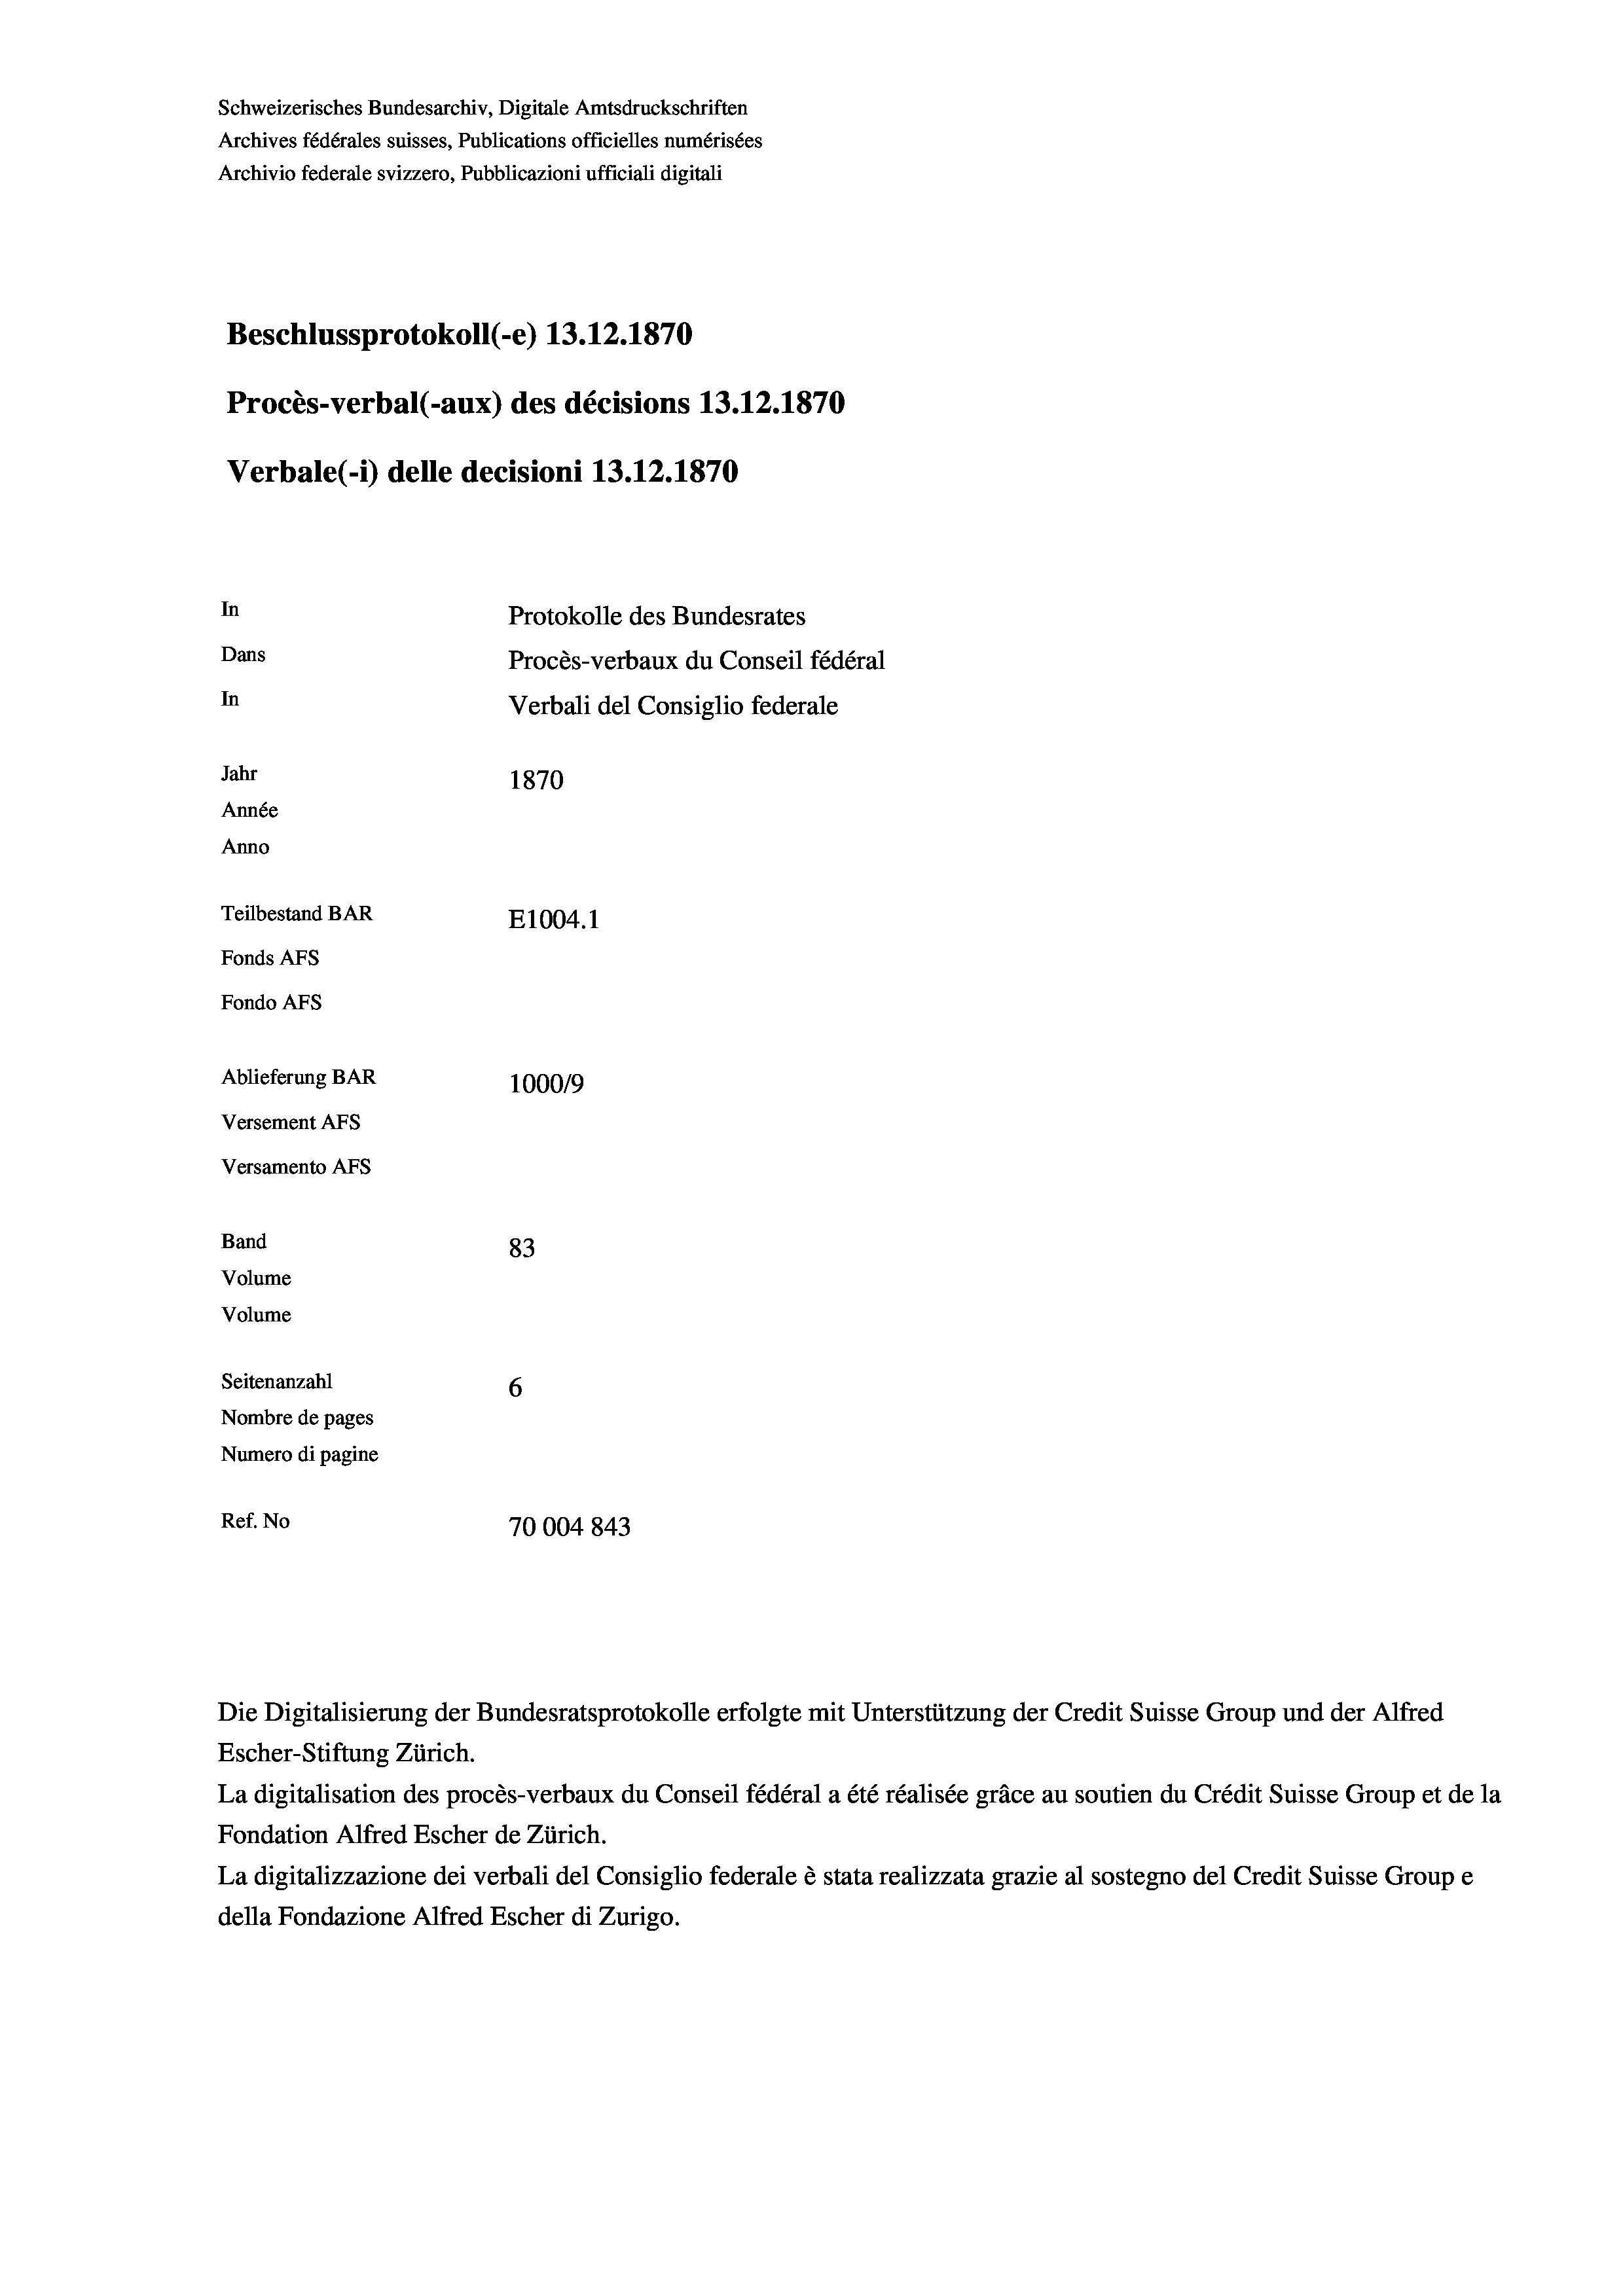
Schweizerisches Bundesarchiv, Digitale Amtsdruckschriften
Archives fédérales suisses, Publications officielles numérisées
Archivio federale svizzero, Pubblicazioni ufficiali digitali
Beschlussprotokoll (-e) 13.12.1870
Procès-verbal (-aux) des décisions 13.12.1870
Verbale (1) delle decisioni 13.12.1870
In
Protokolle des Bundesrates
Dans
Procès-verbaux du Conseil fédéral
In
Verbali del Consiglio federale
Jahr
1870
Année
Anno
Teilbestand BAR
E1004.1
Fonds AFs
Fondo AFs
Ablieferung BAR
100019
Versement Abs
Versamento Afs
Band
83
Volume
Volume
Seitenanzahl
6

Nombre de pages
Numero di pagine
Ref. No
70004843

Escher-Stiftung Zürich.
La digitalisation des procès-verbaux du Conseil fédéral a été réalisée gräce au soutien du Crédit Suisse Group et de la
Fondation Alfred Escher de Zürich.
La digitalizzazione dei verbali del Consiglio federale è stata realizzata grazie al sostegno del Credit Suisse Groupe
della Fondazione Alfred Escher di Zurigo.

Die Digitalisierung der Bundesratsprotokolle erfolgte mit Unterstützung der Credit Suisse Group und der Alfrech

.